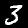
Label: 3